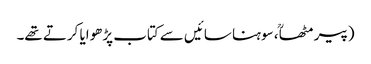
(پیر مٹھاؒ ، سوہنا سائیں سے کتاب پڑھوایا کرتے تھے۔